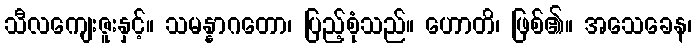
သီလကျေးဇူးနှင့်။ သမန္နာဂတော၊ ပြည့်စုံသည်။ ဟောတိ၊ ဖြစ်၏။ အသေခေန၊